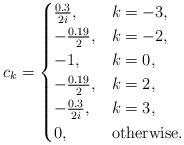
LaTeX: \begin{align*}c_k=\begin{cases}\frac{0.3}{2i},&k=-3,\\-\frac{0.19}{2},&k=-2,\\-1,&k=0,\\-\frac{0.19}{2},&k=2,\\-\frac{0.3}{2i},&k=3,\\0,&\mbox{otherwise}.\end{cases}\end{align*}